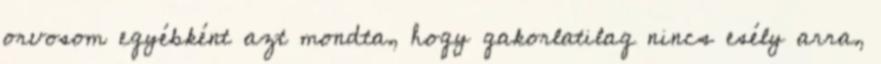
orvosom egyébként azt mondta, hogy gakorlatilag nincs esély arra,